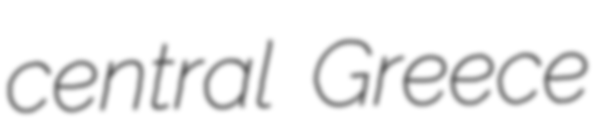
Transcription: central Greece